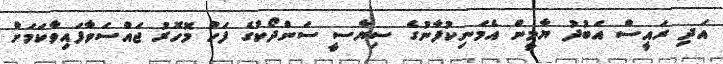
އަދި ރައީސް އަބުދު ޔާމީން އެމަނިކުފާނުގެ ސިޔާސީ ސަންދޯކުގެ ފަހު މޮހޮރު ޖައްސަވާފައިވާކަމަށް